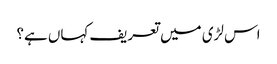
اس لڑی میں تعریف کہاں ہے؟